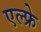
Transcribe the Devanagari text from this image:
एल्फ्रे